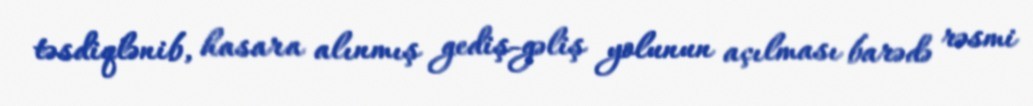
təsdiqlənib, hasara alınmış gediş-gəliş yolunun açılması barədə rəsmi